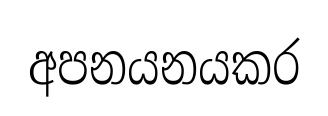
අපනයනයකර